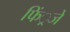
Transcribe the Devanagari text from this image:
फिं्रजें